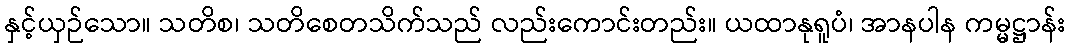
နှင့်ယှဉ်သော။ သတိစ၊ သတိစေတသိက်သည် လည်းကောင်းတည်း။ ယထာနုရူပံ၊ အာနပါန ကမ္မဋ္ဌာန်း